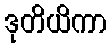
ဒုတိယိကာ